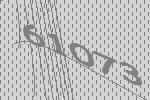
61073